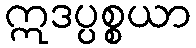
ဣဒပ္ပစ္စယာ